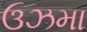
ઉઝમા